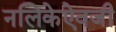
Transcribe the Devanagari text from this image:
नलिकेऐवजी